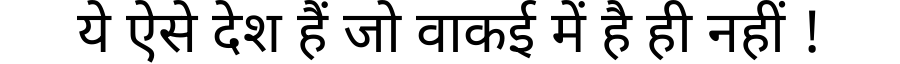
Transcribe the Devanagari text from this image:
ये ऐसे देश हैं जो वाकई में है ही नहीं !